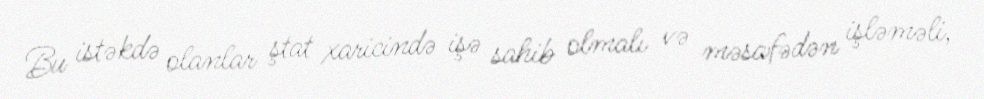
Bu istəkdə olanlar ştat xaricində işə sahib olmalı və məsafədən işləməli,